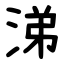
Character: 涕